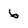
Character: 6